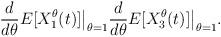
LaTeX: \begin{align*}\frac{d}{d\theta} E[X_{1}^\theta(t)]\big|_{\theta=1} \frac{d}{d\theta} E[X_{3}^\theta(t)]\big|_{\theta=1}.\end{align*}